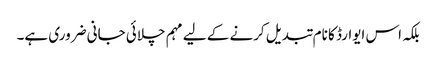
بلکہ اس ایوارڈ کا نام تبدیل کرنے کے لیے مہم چلائی جانی ضروری ہے۔